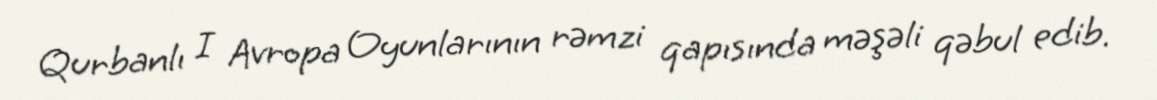
Qurbanlı I Avropa Oyunlarının rəmzi qapısında məşəli qəbul edib.